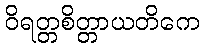
ဝိရတ္တစိတ္တာယတိကေ